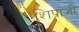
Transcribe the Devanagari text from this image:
शिप्राजी